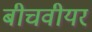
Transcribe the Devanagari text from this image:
बीचवीयर